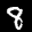
Label: 8